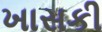
ખાસકી